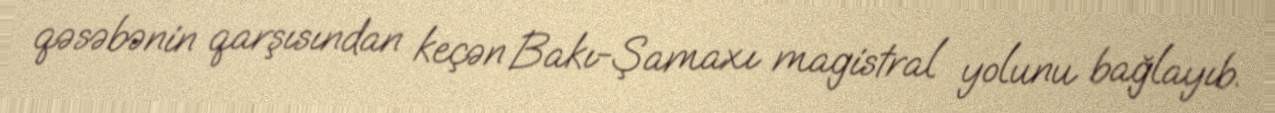
qəsəbənin qarşısından keçən Bakı-Şamaxı magistral yolunu bağlayıb.